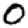
Digit: 0